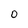
Character: 0